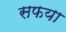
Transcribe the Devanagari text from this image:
सफया